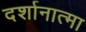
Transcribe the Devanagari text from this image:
दर्शानात्मा